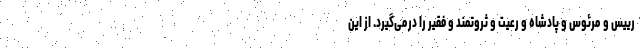
رییس و مرئوس و پادشاه و رعیت و ثروتمند و فقیر را درمی‌گیرد. از این